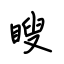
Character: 瞍